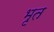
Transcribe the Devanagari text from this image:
भृत